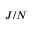
{ \mathbf { } } J / N